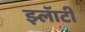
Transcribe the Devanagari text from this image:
झ्लॅाटी